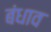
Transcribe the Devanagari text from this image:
बंधाव